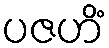
ပဇဟိံ